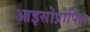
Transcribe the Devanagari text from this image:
आइसोप्रोपिल